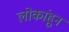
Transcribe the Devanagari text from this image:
लोकांहून